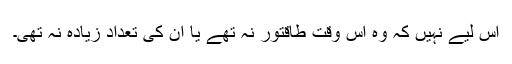
اس لیے نہیں کہ وہ اس وقت طاقتور نہ تھے یا ان کی تعداد زیادہ نہ تھی۔